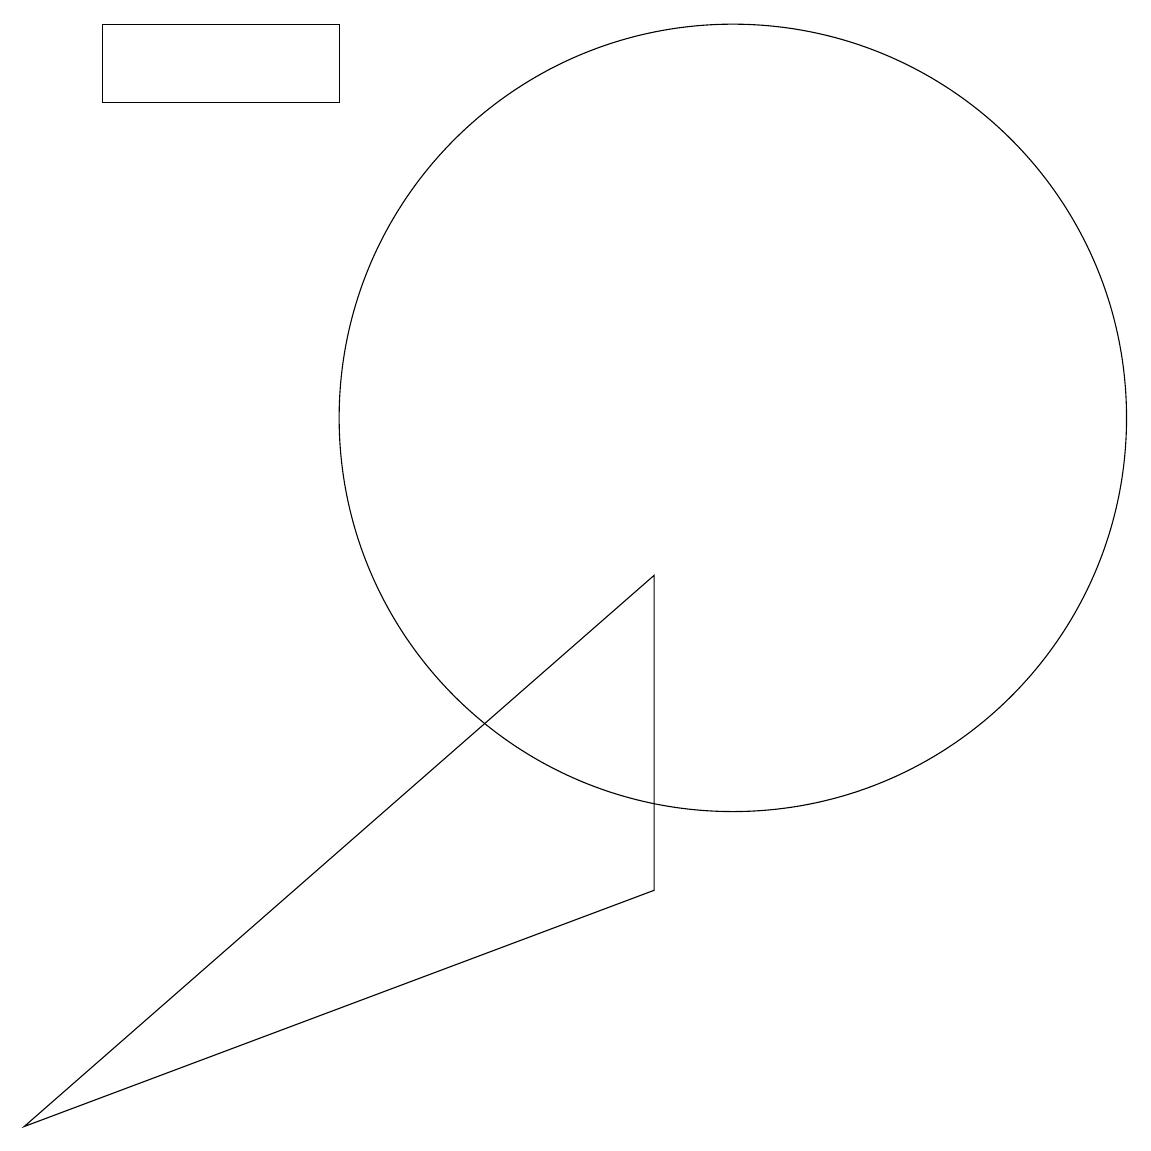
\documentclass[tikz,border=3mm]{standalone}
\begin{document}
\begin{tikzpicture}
\draw (9,9) -- (1,2) -- (9,5) -- cycle;
\draw (10,11) circle (5);
\draw (2,16) rectangle (5,15);
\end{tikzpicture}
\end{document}